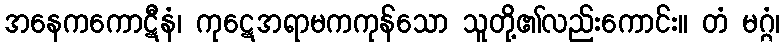
အနေကကောဋီနံ၊ ကုဋေအရာမကကုန်သော သူတို့၏လည်းကောင်း။ တံ မဂ္ဂံ၊